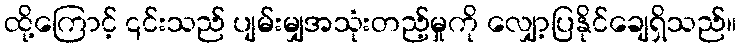
ထို့ကြောင့် ၎င်းသည် ပျမ်းမျှအသုံးတည့်မှုကို လျှော့ပြနိုင်ချေရှိသည်။